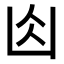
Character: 𠚄